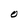
Character: O